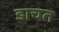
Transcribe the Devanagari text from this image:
डाचत